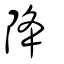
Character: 降